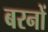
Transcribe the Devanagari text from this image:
बरनों